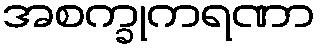
အစက္ခုကရဏာ